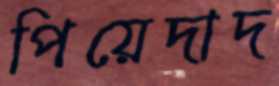
পিয়েদাদ